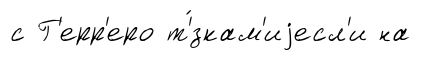
с Г'ерр'еро т'́зкам'иjесл'и на